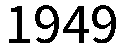
1949